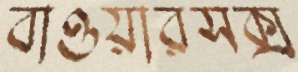
বাওয়ারসক্স